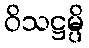
ဝိသဋ္ဌမ္ပိ